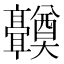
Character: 𬴤